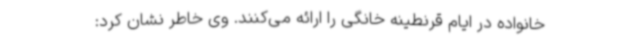
خانواده در ایام قرنطینه خانگی را ارائه می‌کنند. وی خاطر نشان کرد: